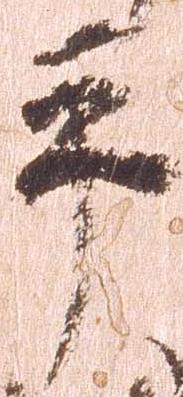
平